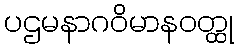
ပဌမနာဂဝိမာနဝတ္ထု